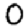
Digit: 0